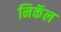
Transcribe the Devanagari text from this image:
निकॅल